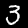
Digit: 3